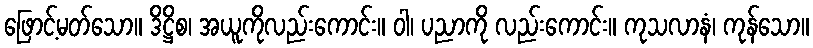
ဖြောင့်မတ်သော။ ဒိဋ္ဌိစ၊ အယူကိုလည်းကောင်း။ ဝါ၊ ပညာကို လည်းကောင်း။ ကုသလာနံ၊ ကုန်သော။